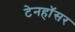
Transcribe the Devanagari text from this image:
टेनहॉसर